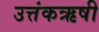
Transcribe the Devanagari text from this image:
उत्तंकऋषी